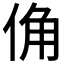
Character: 𪝀